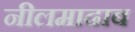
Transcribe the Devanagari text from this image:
नीलमाढाब